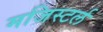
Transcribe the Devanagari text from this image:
मजिस्टर्ल